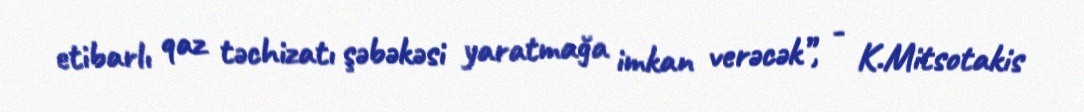
etibarlı qaz təchizatı şəbəkəsi yaratmağa imkan verəcək”, - K.Mitsotakis